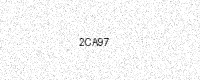
Text: 2CA97